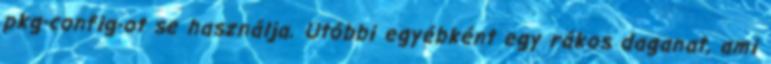
pkg-config-ot se használja. Utóbbi egyébként egy rákos daganat, ami